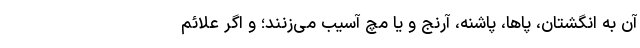
آن به انگشتان، پاها، پاشنه، آرنج و یا مچ آسیب می‌زنند؛ و اگر علائم